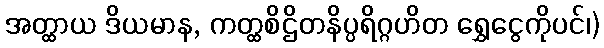
အတ္ထာယ ဒိယမာန, ကတ္ထစိဌိတနိပ္ပရိဂ္ဂဟိတ ရွှေငွေကိုပင်၊)